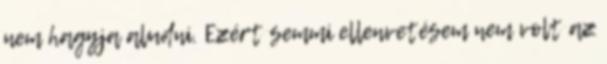
nem hagyja aludni. Ezért semmi ellenvetésem nem volt az